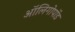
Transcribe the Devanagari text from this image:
ऑलिगोपॉड